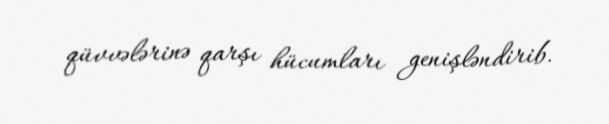
qüvvələrinə qarşı hücumları genişləndirib.